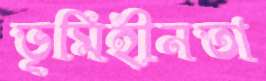
ভূমিহীনতা